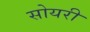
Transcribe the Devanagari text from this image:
सोयरी